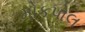
મોકપોલ